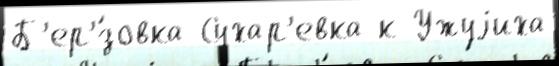
Б'ер'́зовка Сухар'евка к Ужуjиха